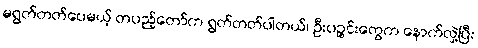
မရွတ်တတ်ပေမယ့် တပည့်တော်က ရွတ်တတ်ပါတယ်၊ ဦးပဉ္စင်းတွေက နောက်လှဲ့ပြီး